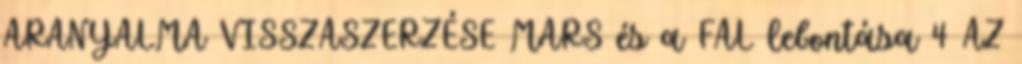
ARANYALMA VISSZASZERZÉSE MARS és a FAL lebontása 4 AZ